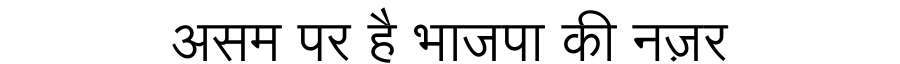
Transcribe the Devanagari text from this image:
असम पर है भाजपा की नज़र